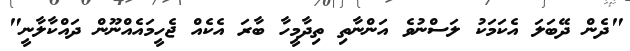
"ދެން ދޭބަލަ އެކަމަކު ލަސްނުވެ އަންނާތި ތިދާމީހާ ބާރަ އެކެއް ޖެހީމައެއްނޫން ދައްކާލާނީ"